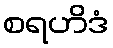
စရဟိဒံ